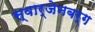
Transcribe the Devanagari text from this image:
स्वार्जेनबर्ग